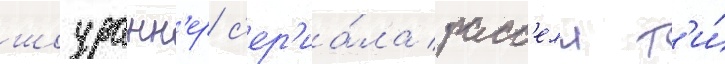
шоуранн'ер с'ер'иа́ла расс'елл т'и́